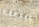
مضت